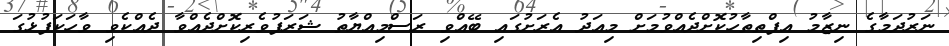
ނަރުދަމާގެ ނިޒާމު އިފްތިތާހުކޮށްދެއްވުމަށް މިއަދު އެރަށުގައި ބޭއްވި ރަސްމިއްޔާތު ޝަރަފުވެރިކޮށްދެއްވާ ދެއްކެވި ވާހަކަފުޅުގަ